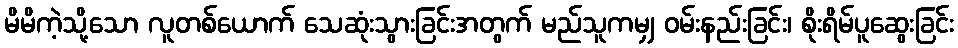
မိမိကဲ့သို့သော လူတစ်ယောက် သေဆုံးသွားခြင်းအတွက် မည်သူကမျှ ဝမ်းနည်းခြင်း၊ စိုးရိမ်ပူဆွေးခြင်း